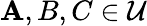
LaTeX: \mathbf{A},B,C\in{\mathcal{{U}}}